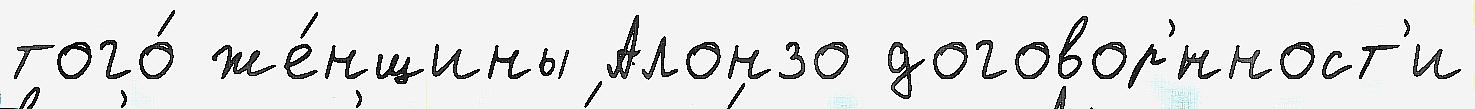
того́ же́нщины Алонзо договор'́нност'и